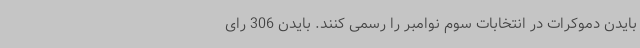
بایدن دموکرات در انتخابات سوم نوامبر را رسمی کنند. بایدن 306 رای